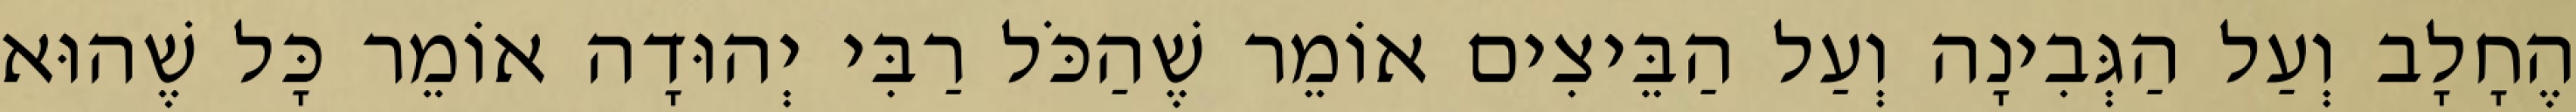
הֶחָלָב וְעַל הַגְּבִינָה וְעַל הַבֵּיצִים אוֹמֵר שֶׁהַכֹּל רַבִּי יְהוּדָה אוֹמֵר כָּל שֶׁהוּא